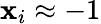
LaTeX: \mathbf{x}_{i}\approx-1